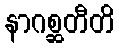
နာဂစ္ဆတီတိ